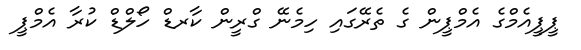
ޕީޕީއެމްގެ އެމްޕީން ގެ ތެރޭގައި ހިމެނޭ ގްރީން ކާރޑް ހޯލްޑް ކުރާ އެމްޕީ